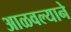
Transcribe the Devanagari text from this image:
आळवल्याने